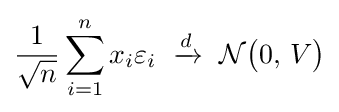
{\frac {1}{\sqrt {n}}}\sum _{i=1}^{n}x_{i}\varepsilon _{i}\ \xrightarrow {d} \ {\mathcal {N}}{\big (}0,\,V{\big )}